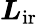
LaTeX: \boldsymbol{L}_{\mathrm{ir}}